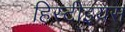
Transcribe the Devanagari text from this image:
हिस्टीइयस